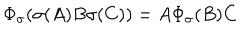
\Phi _ { \sigma } ( \sigma ( A ) B \sigma ( C ) ) = A \Phi _ { \sigma } ( B ) C